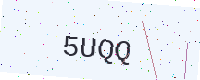
Text: 5UQQ